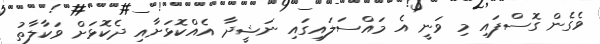
ވެގެން ގޮސްފައި މި ވަނީ އެ މައްސަލައިގައި ނަޝީދާ އެއްކޮޅަށާއި ދެކޮޅަށް ވަކާލާތު